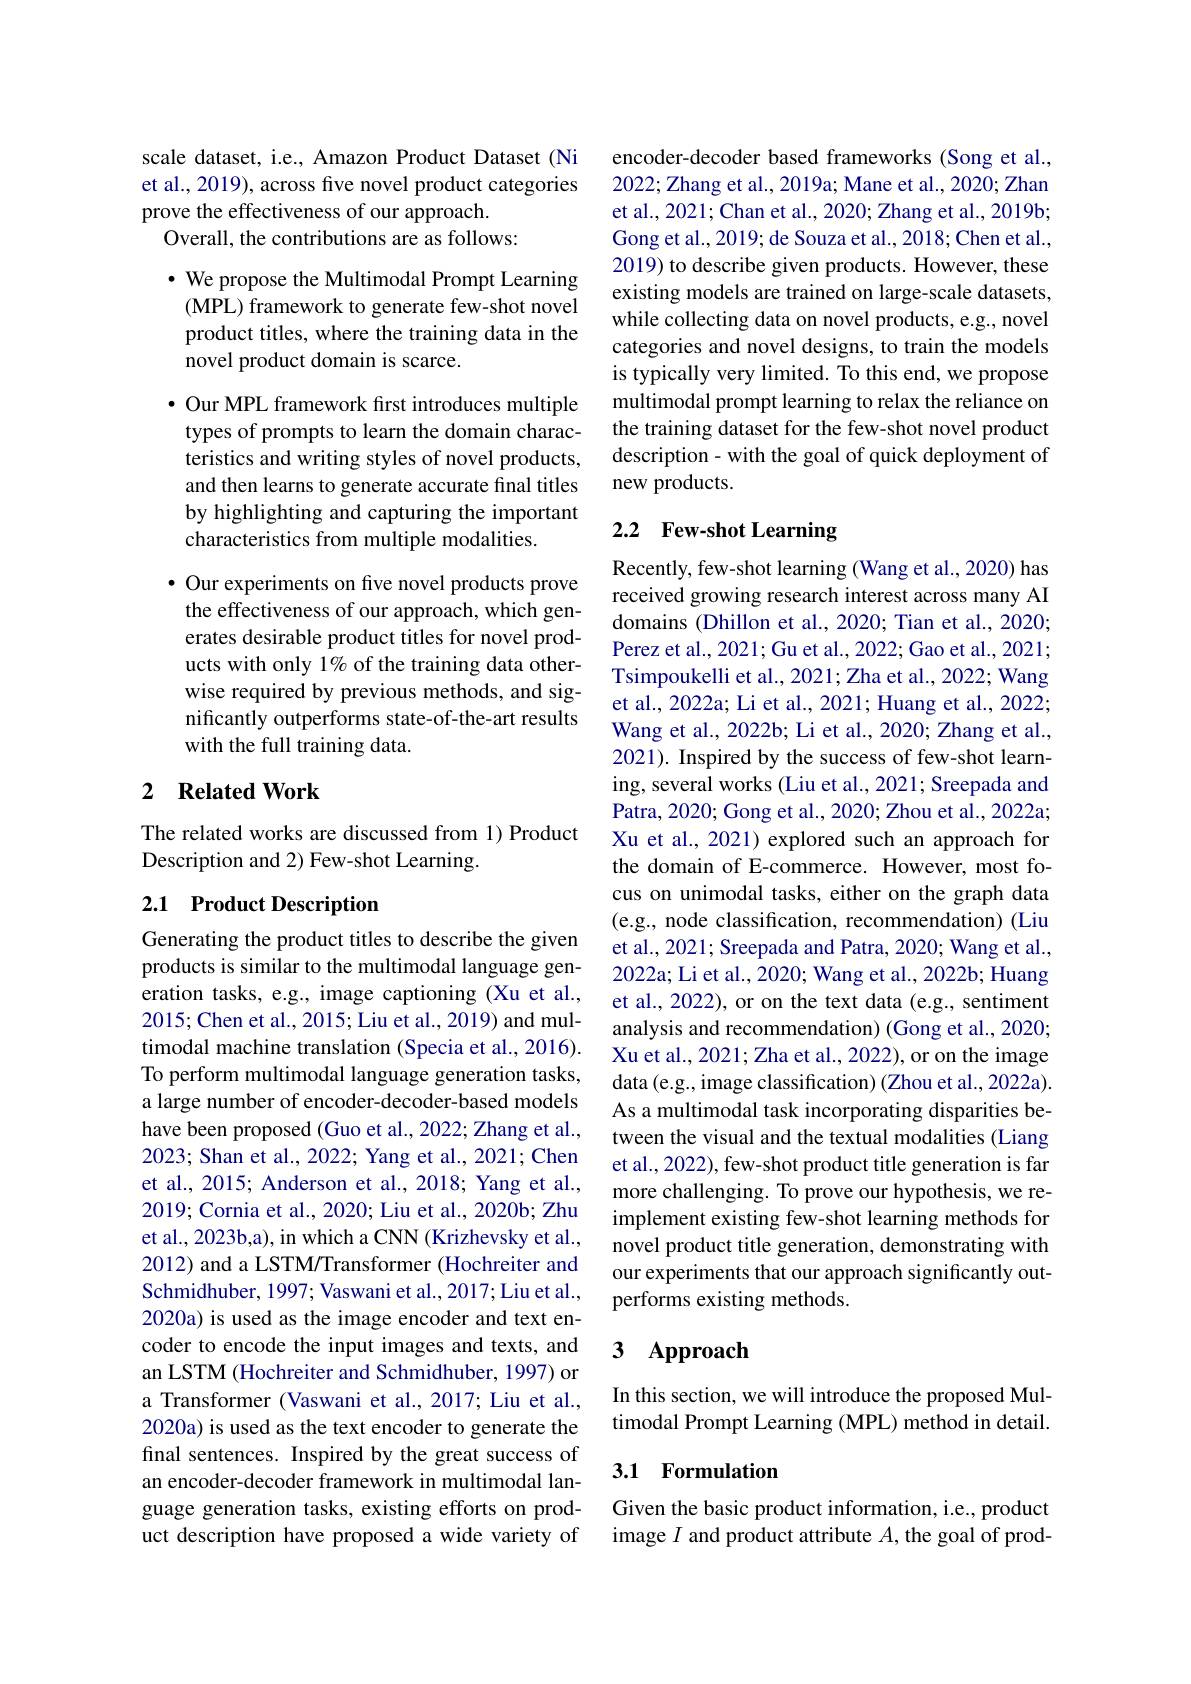
scale dataset, i.e., Amazon Product Dataset (Ni et al., 2019), across five novel product categories prove the effectiveness of our approach.
Overall, the contributions are as follows:

· We propose the Multimodal Prompt Learning
(MPL) framework to generate few-shot novel product titles, where the training data in the novel product domain is scarce.

$\bullet$ Our MPL framework first introduces multiple types of prompts to learn the domain characteristics and writing styles of novel products, and then learns to generate accurate final titles by highlighting and capturing the important characteristics from multiple modalities.

$\bullet$ Our experiments on five novel products prove the effectiveness of our approach, which generates desirable product titles for novel products with only 1% of the training data otherwise required by previous methods, and significantly outperforms state-of-the-art results with the full training data.

## 2 $\textbf{Related Work}$

The related works are discussed from 1) Product
Description and 2) Few-shot Learning.

## 2.1 Product Description

Generating the product titles to describe the given products is similar to the multimodal language generation tasks, e.g., image captioning (Xu et al., 2015; Chen et al., 2015; Liu et al., 2019) and multimodal machine translation (Specia et al., 2016). To perform multimodal language generation tasks, a large number of encoder-decoder-based models have been proposed (Guo et al., 2022; Zhang et al., 2023; Shan et al., 2022; Yang et al., 2021; Chen et al., 2015; Anderson et al., 2018; Yang et al., 2019; Cornia et al., 2020; Liu et al., 2020b; Zhu et al., 2023b,a), in which a CNN (Krizhevsky et al., 2012) and a LSTM/Transformer (Hochreiter and Schmidhuber, 1997; Vaswani et al., 2017; Liu et al., 2020a) is used as the image encoder and text encoder to encode the input images and texts, and an LSTM (Hochreiter and Schmidhuber, 1997) or a Transformer (Vaswani et al., 2017; Liu et al., 2020a) is used as the text encoder to generate the final sentences. Inspired by the great success of an encoder-decoder framework in multimodal language generation tasks, existing efforts on product description have proposed a wide variety of

encoder-decoder based frameworks (Song et al., 2022; Zhang et al., 2019a; Mane et al., 2020; Zhan et al., 2021; Chan et al., 2020; Zhang et al., 2019b; Gong et al., 2019; de Souza et al., 2018; Chen et al., 2019) to describe given products. However, these existing models are trained on large-scale datasets, while collecting data on novel products, e.g., novel categories and novel designs, to train the models is typically very limited. To this end, we propose multimodal prompt learning to relax the reliance on the training dataset for the few-shot novel product description- with the goal of quick deployment of new products.

# 2.2 Few-shot Learning

Recently, few-shot learning (Wang et al., 2020) has received growing research interest across many AI domains (Dhillon et al., 2020; Tian et al., 2020; Perez et al., 2021; Gu et al., 2022; Gao et al., 2021; Tsimpoukelli et al., 2021; Zha et al., 2022; Wang et al., 2022a; Li et al., 2021; Huang et al., 2022; Wang et al., 2022b; Li et al., 2020; Zhang et al., 2021). Inspired by the success of few-shot learning, several works (Liu et al., 2021; Sreepada and Patra, 2020; Gong et al., 2020; Zhou et al., 2022a; Xu et al., 2021) explored such an approach for the domain of E-commerce. However, most focus on unimodal tasks, either on the graph data (e.g., node classification, recommendation) (Liu et al., 2021; Sreepada and Patra, 2020; Wang et al., 2022a; Li et al., 2020; Wang et al., 2022b; Huang et al., 2022), or on the text data (e.g., sentiment analysis and recommendation) (Gong et al., 2020; Xu et al., 2021; Zha et al., 2022), or on the image data (e.g., image classification) (Zhou et al., 2022a). As a multimodal task incorporating disparities between the visual and the textual modalities (Liang et al., 2022), few-shot product title generation is far more challenging. To prove our hypothesis, we reimplement existing few-shot learning methods for novel product title generation, demonstrating with our experiments that our approach significantly outperforms existing methods.

## $\textbf{3}$ $\textbf{Approach}$

In this section, we will introduce the proposed Multimodal Prompt Learning (MPL) method in detail.

## 3.1 Formulation

Given the basic product information, i.e., product image $I$ and product attribute $A$, the goal of prod-